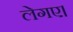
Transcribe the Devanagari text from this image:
लेगए।